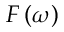
F \left( \omega \right)